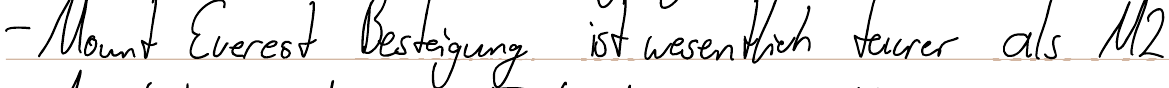
- Mount Everest Besteigung ist wesentlich teurer als M2